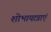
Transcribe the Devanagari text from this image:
शोभायात्राएं